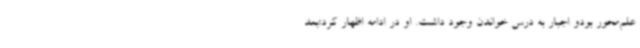
علم‌محور بودو اجبار به درس خواندن وجود داشت. او در ادامه اظهار کرد:بعد